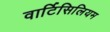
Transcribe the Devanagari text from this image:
वार्टिसिलियम